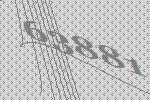
63881